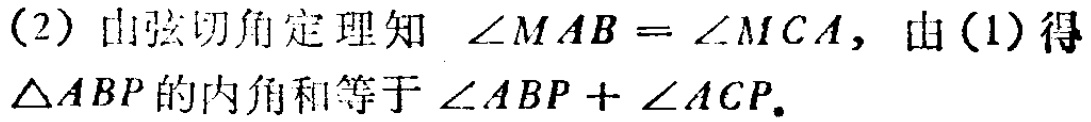
（2）由弦切角定理知 $\angle MAB = \angle MCA$，由（1）得
$\triangle ABP$的内角和等于$\angle ABP + \angle ACP.$